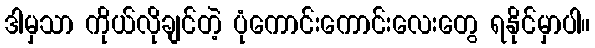
ဒါမှသာ ကိုယ်လိုချင်တဲ့ ပုံကောင်းကောင်းလေးတွေ ရနိုင်မှာပါ။